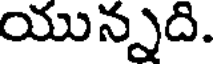
యున్నది.